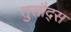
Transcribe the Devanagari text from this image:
तुसौद्स